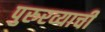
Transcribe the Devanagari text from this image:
पुरुरव्याची